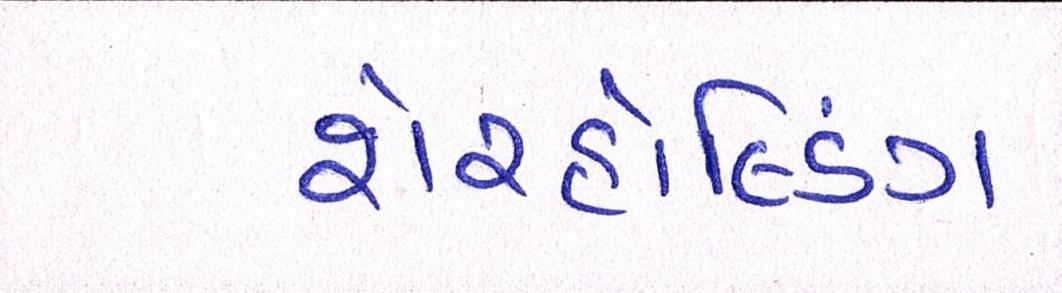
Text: શેરહોલ્ડિંગ